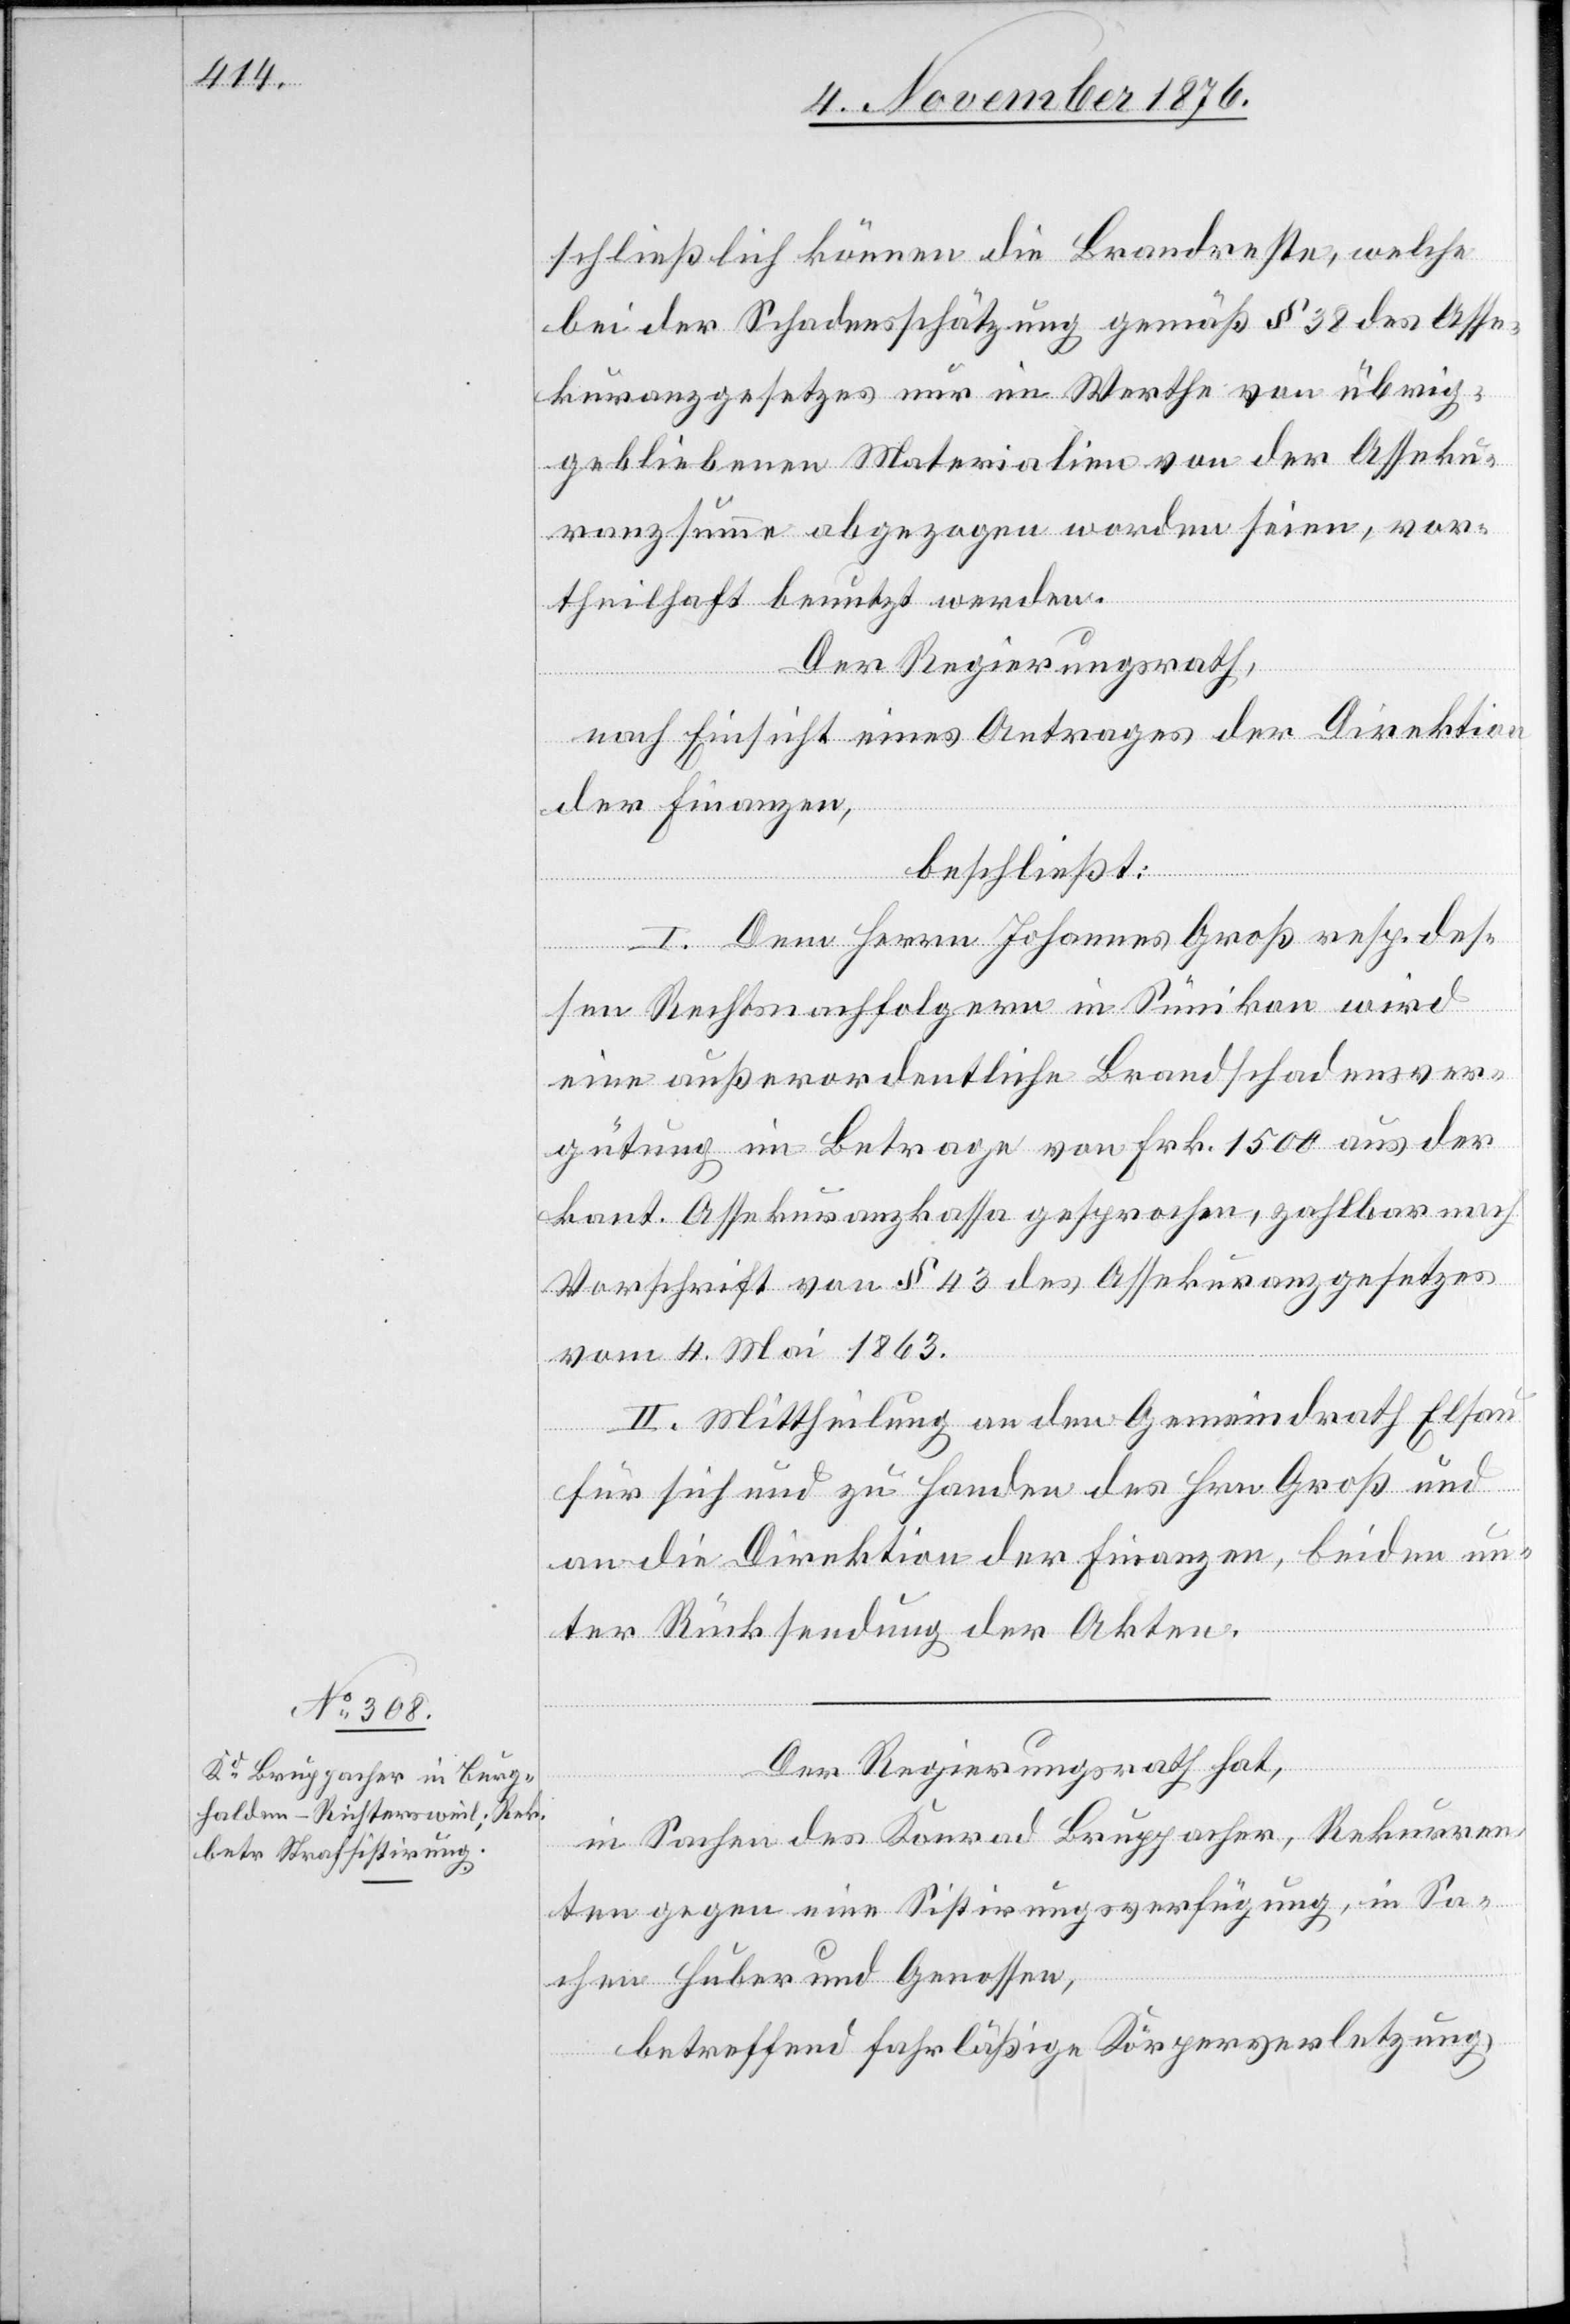
schließlich können die Brandreste, welche
bei der Schadensschätzung gemäß § 38 des Asse¬
kuranzgesetzes nur im Werthe von übrig¬
gebliebenen Materialien von der Asseku¬
ranzsumme abgezogen worden seien, vor¬
theilhaft benutzt werden.
Der Regierungsrath,
nach Einsicht eines Antrages der Direktion
der Finanzen,
beschließt:
I. Dem Herrn Johannes Groß resp. des¬
sen Rechtsnachfolgern in Sünikon wird
eine außerordentliche Brandschadensver¬
gütung im Betrage von Frk. 1500 aus der
kant. Assekuranzkassa gesprochen, zahlbar nach
Vorschrift von § 43 des Assekuranzgesetzes
vom 4. Mai 1863.
II. Mittheilung an den Gemeindrath Elsau
für sich und zu Handen des Hrn. Groß und
an die Direktion der Finanzen, beiden un¬
ter Rücksendung der Akten.
Der Regierungsrath hat,
in Sachen des Konrad Bruppacher, Rekurren¬
ten gegen eine Sistirungsverfügung, in Sa¬
chen Huber und Genossen,
Körperverletzung,
betreffend fahrläßige